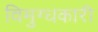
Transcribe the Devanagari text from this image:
विमुग्धकारी